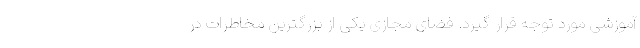
آموزشی مورد توجه قرار گیرد. فضای مجازی یکی از بزرگترین مخاطرات در